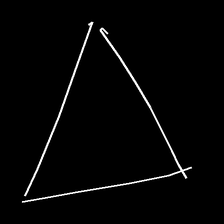
Glyph: convergence